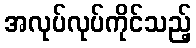
အလုပ်လုပ်ကိုင်သည့်